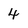
Character: 4